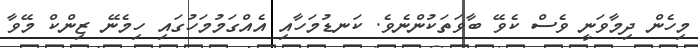
މިހެން ދިމާވަނީ ވެސް ކެވޭ ބާވަތަކުންނެވެ. ކަނޑުމަހާއި އެއްގަމުމަހުގައި ހިމެނޭ ޒިންކް މޭވާ